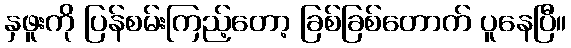
နှဖူးကို ပြန်စမ်းကြည့်တော့ ခြစ်ခြစ်တောက် ပူနေပြီ။